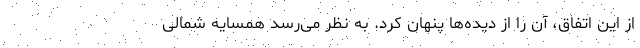
از این اتفاق، آن را از دیده‌ها پنهان کرد. به نظر می‌رسد همسایه شمالی